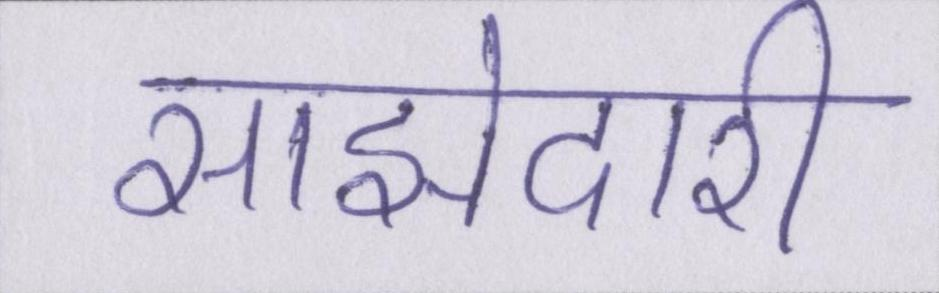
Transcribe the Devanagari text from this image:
साझेदारी